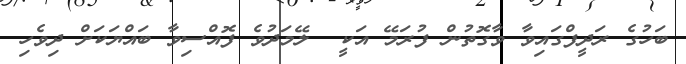
ބަހުގެ ރަދީފްގައިވާ ވާގޮތުން ފުރަމޭ އަކީ  ލޭމަދުވެ ފޮއްސިވާ ބައްޔަކަށް ދިވެހި